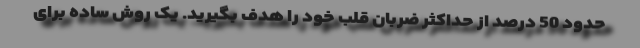
حدود 50 درصد از حداکثر ضربان قلب خود را هدف بگیرید. یک روش ساده برای